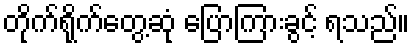
တိုက်ရိုက်တွေ့ဆုံ ပြောကြားခွင့် ရသည်။